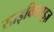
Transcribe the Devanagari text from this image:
साइकिलाइज़